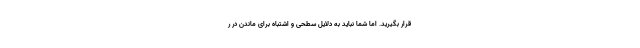
قرار بگیرید. اما شما نباید به دلایل سطحی و اشتباه برای ماندن در ر